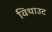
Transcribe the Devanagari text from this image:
विथाउट